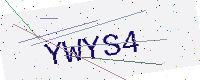
Text: YWYS4